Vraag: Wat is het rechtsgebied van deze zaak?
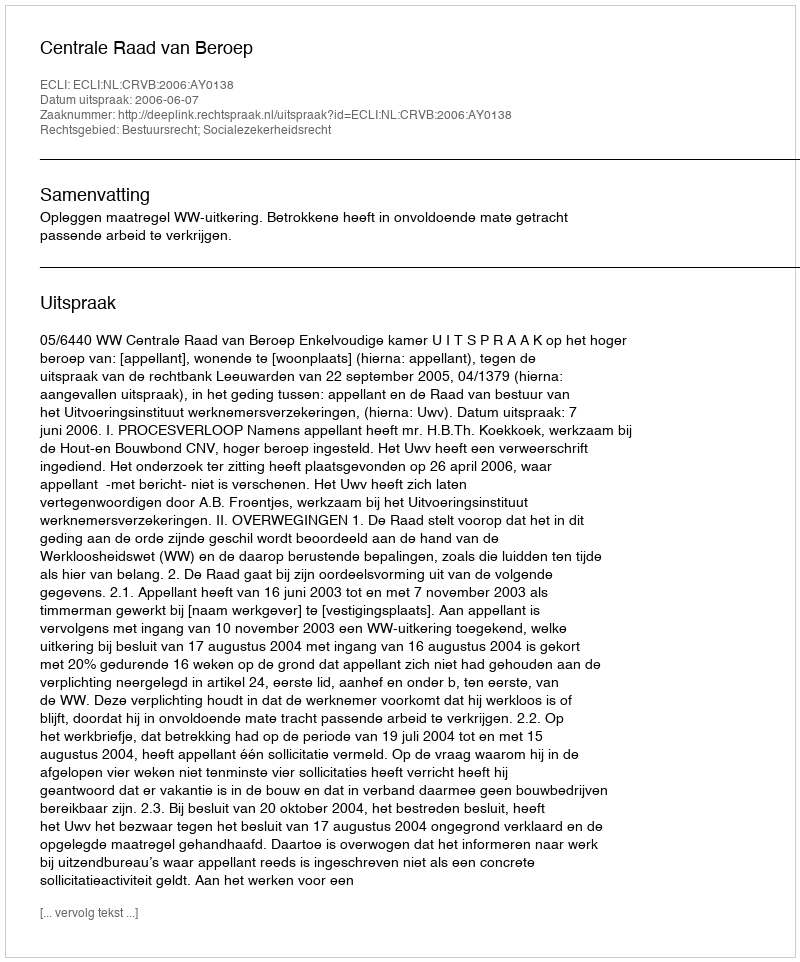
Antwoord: Bestuursrecht; Socialezekerheidsrecht